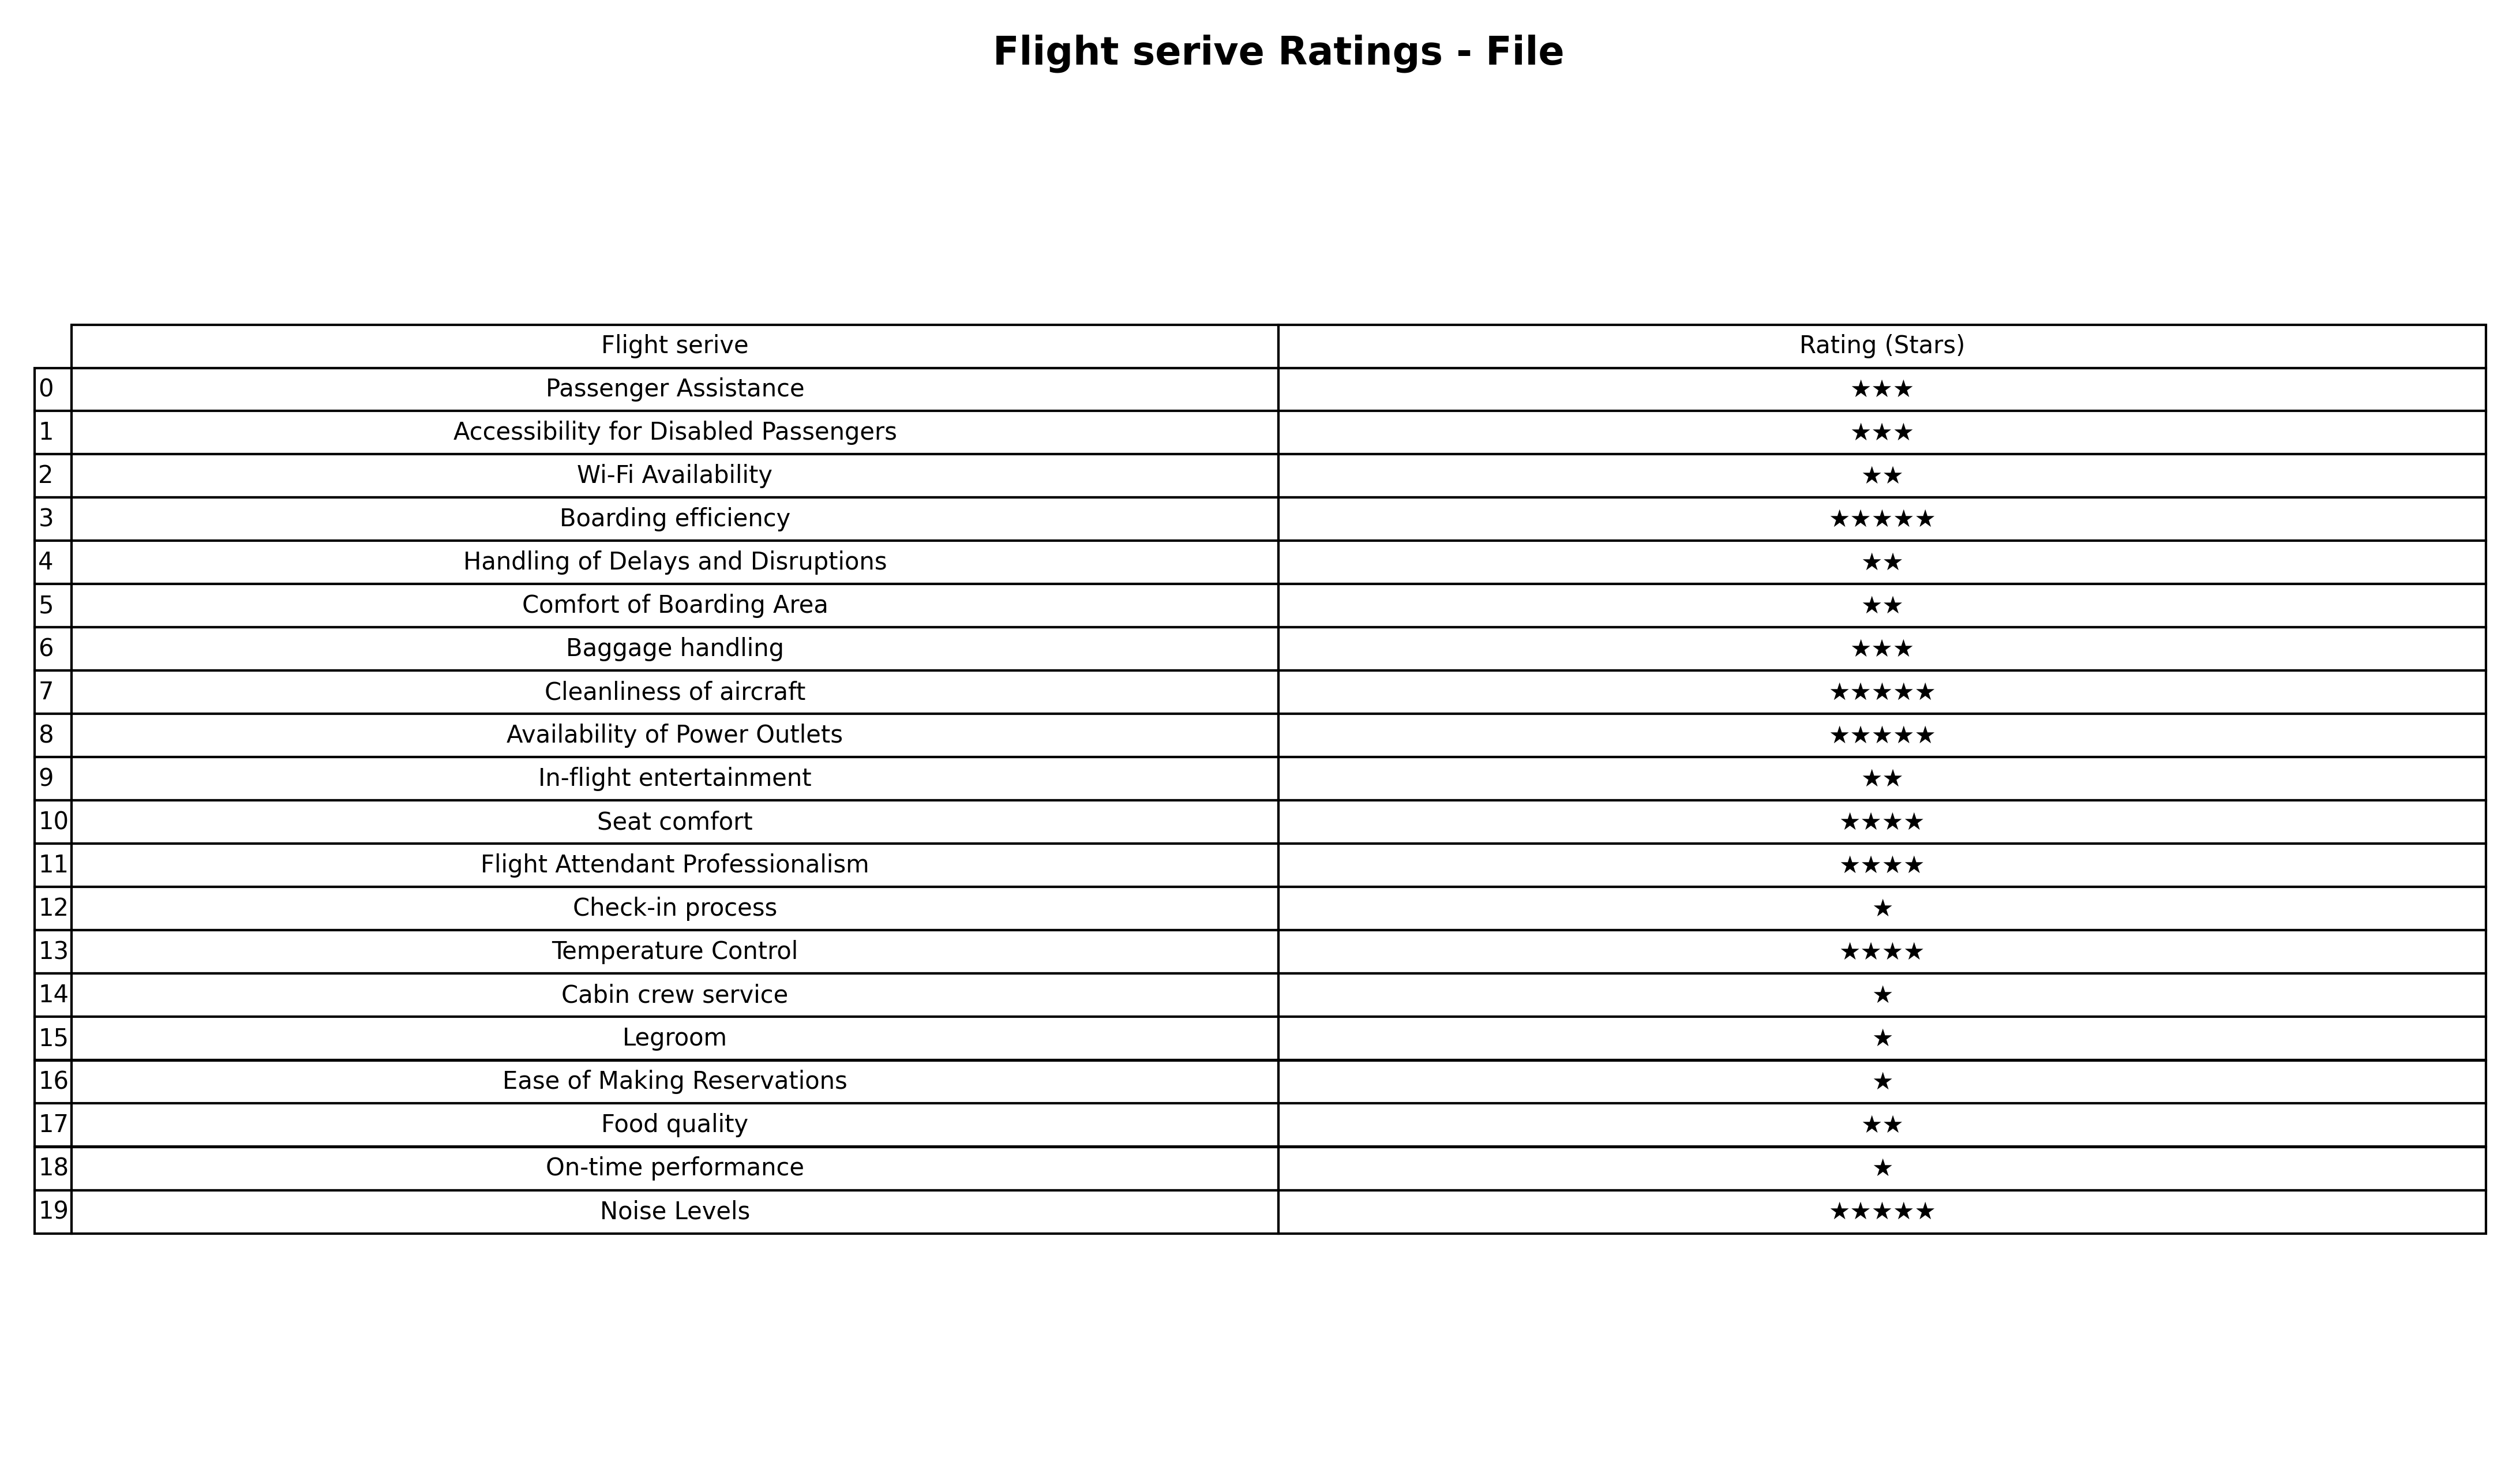
question: What is the rating of Seat comfort?
answer: ★★★★